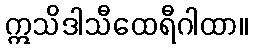
ဣသိဒါသီထေရီဂါထာ။